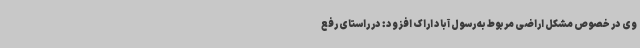
وی در خصوص مشکل اراضی مربوط به رسول آباد اراک افزود: در راستای رفع